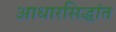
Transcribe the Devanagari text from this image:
आधारसिद्धांत